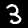
Label: 3